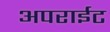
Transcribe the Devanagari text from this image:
अपराईट